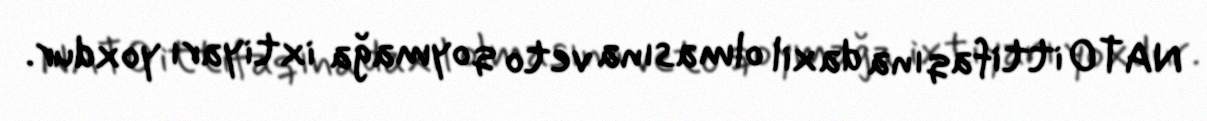
NATO ittifaqına daxil olmasına veto qoymağa ixtiyarı yoxdur.